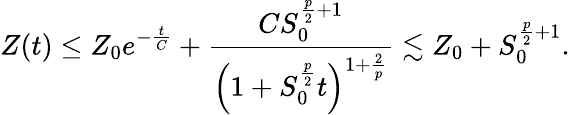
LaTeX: Z(t)\le Z_{0}e^{-\frac{t}{C}}+\frac{CS_{0}^{\frac{p}{2}+1}}{\left(1+S_{0}^{\frac{p}{2}}t\right)^{1+\frac{2}{p}}}\lesssim Z_{0}+S_{0}^{\frac{p}{2}+1}.